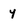
Character: y